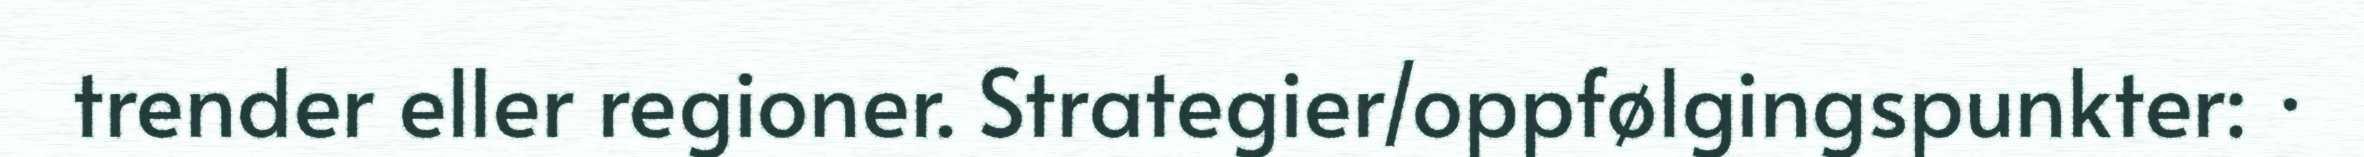
trender eller regioner. Strategier/oppfølgingspunkter: ·